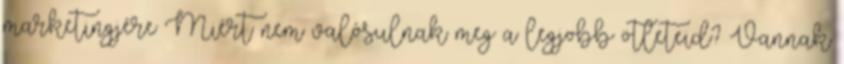
marketingjére Miért nem valósulnak meg a legjobb ötleteid? Vannak